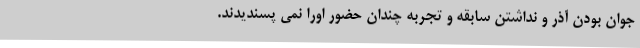
جوان بودن آذر و نداشتن سابقه و تجربه چندان حضور اورا نمی پسندیدند.